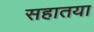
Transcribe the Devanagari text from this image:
सहातया